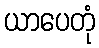
ယာပေတုံ